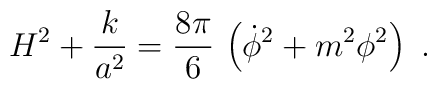
H^2 +{k\over a^2} ={8\pi\over 6}\, \left(\dot \phi^2+m^2 \phi^2  \right) \ .